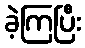
ခဲ့ကြပြီး